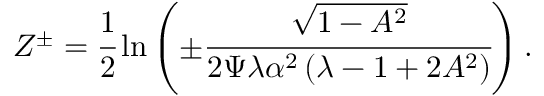
Z ^ { \pm } = \cfrac { 1 } { 2 } \ln \left( \pm \cfrac { \sqrt { 1 - A ^ { 2 } } } { 2 \Psi \lambda \alpha ^ { 2 } \left( \lambda - 1 + 2 A ^ { 2 } \right) } \right) .